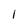
Character: l